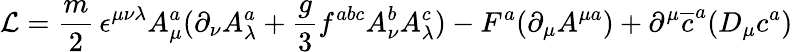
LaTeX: {\cal L}={\frac{m}{2}}\, \epsilon^{\mu\nu\lambda}A_{\mu}^{a}(\partial_{\nu}A_{\lambda}^{a}+{\frac{g}{3}}f^{abc}A_{\nu}^{b}A_{\lambda}^{c})-F^{a}(\partial_{\mu}A^{\mu a})+\partial^{\mu}\overline{{{c}}}^{a}(D_{\mu}c^{a})